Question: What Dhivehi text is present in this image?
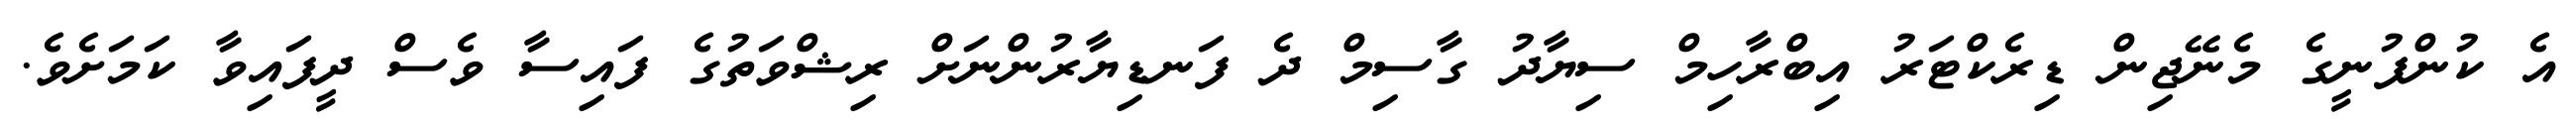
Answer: އެ ކުންފުނީގެ މެނޭޖިން ޑިރެކްޓަރު އިބްރާހިމް ސިޔާދު ގާސިމް ދެ ފަނޑިޔާރުންނަށް ރިޝްވަތުގެ ފައިސާ ވެސް ދީފައިވާ ކަމަށެވެ.